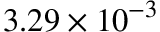
3 . 2 9 \times 1 0 ^ { - 3 }